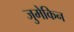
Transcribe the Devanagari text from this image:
जुमेकिन